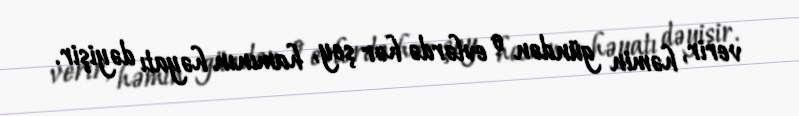
verir, həmin gündən o evlərdə hər şey, hamının həyatı dəyişir.